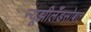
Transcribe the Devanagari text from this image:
न्यूझीलँडसोबत